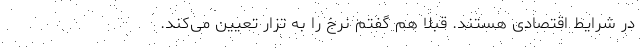
در شرایط اقتصادی هستند. قبلا هم گفتم نرخ را به تزار تعیین می‌کند.